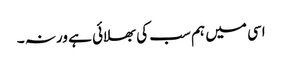
اسی میں ہم سب کی بھلائی ہے ورنہ ۔